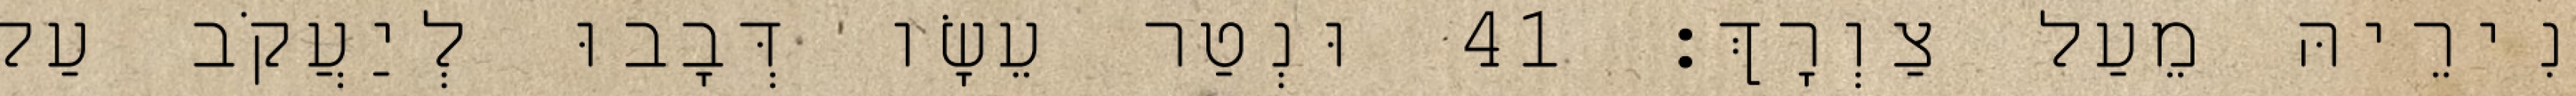
נִירֵיהּ מֵעַל צַוְרָךְ׃ 41 וּנְטַר עֵשָׂו דְּבָבוּ לְיַעֲקֹב עַל